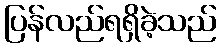
ပြန်လည်ရရှိခဲ့သည်